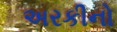
અરકીનો